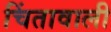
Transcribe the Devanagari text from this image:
चिंतावाली